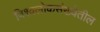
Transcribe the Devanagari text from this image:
विश्वलोकसंख्येतील